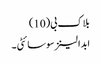
بلاک بی(10)
ابدالینز سوسائٹی ۔